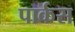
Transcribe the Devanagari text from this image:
पार्कस